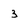
Character: 3